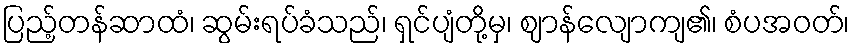
ပြည့်တန်ဆာထံ၊ ဆွမ်းရပ်ခံသည်၊ ရှင်ပျံတို့မှ၊ ဈာန်လျောကျ၏၊ စံပအဝတ်၊